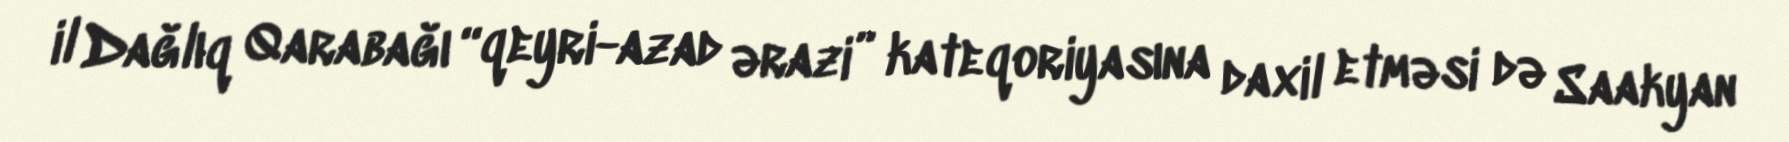
il Dağlıq Qarabağı “qeyri-azad ərazi” kateqoriyasına daxil etməsi də Saakyan